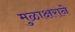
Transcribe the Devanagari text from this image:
मुळाक्षराने